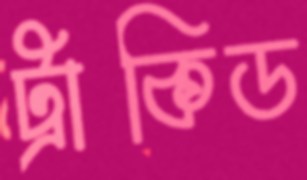
ট্রাকিড